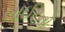
લાઈટનો